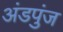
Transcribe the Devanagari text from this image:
अंडपुंज